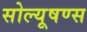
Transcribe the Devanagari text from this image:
सोल्यूषण्स